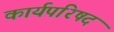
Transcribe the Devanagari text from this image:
कार्यपरिषद